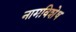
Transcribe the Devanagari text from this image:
नामविशेष